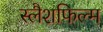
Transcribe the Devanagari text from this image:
स्लैशफिल्म